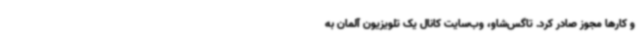
و کارها مجوز صادر کرد. تاگس‌شاو، وب‌سایت کانال یک تلویزیون آلمان به